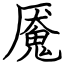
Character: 魇